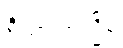
ဝိညာဏသ္မိမ္ပိ